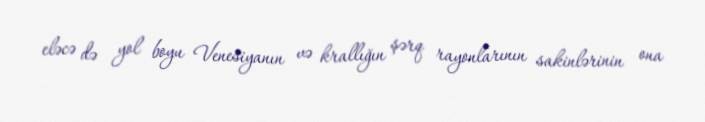
eləcə də yol boyu Venesiyanın və krallığın şərq rayonlarının sakinlərinin ona